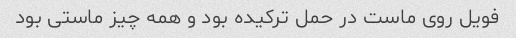
فویل روی ماست د‌ر حمل ترکیده بود و همه چیز ماستی بود